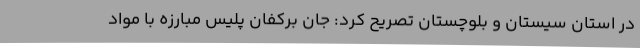
در استان سیستان و بلوچستان تصریح کرد: جان برکفان پلیس مبارزه با مواد